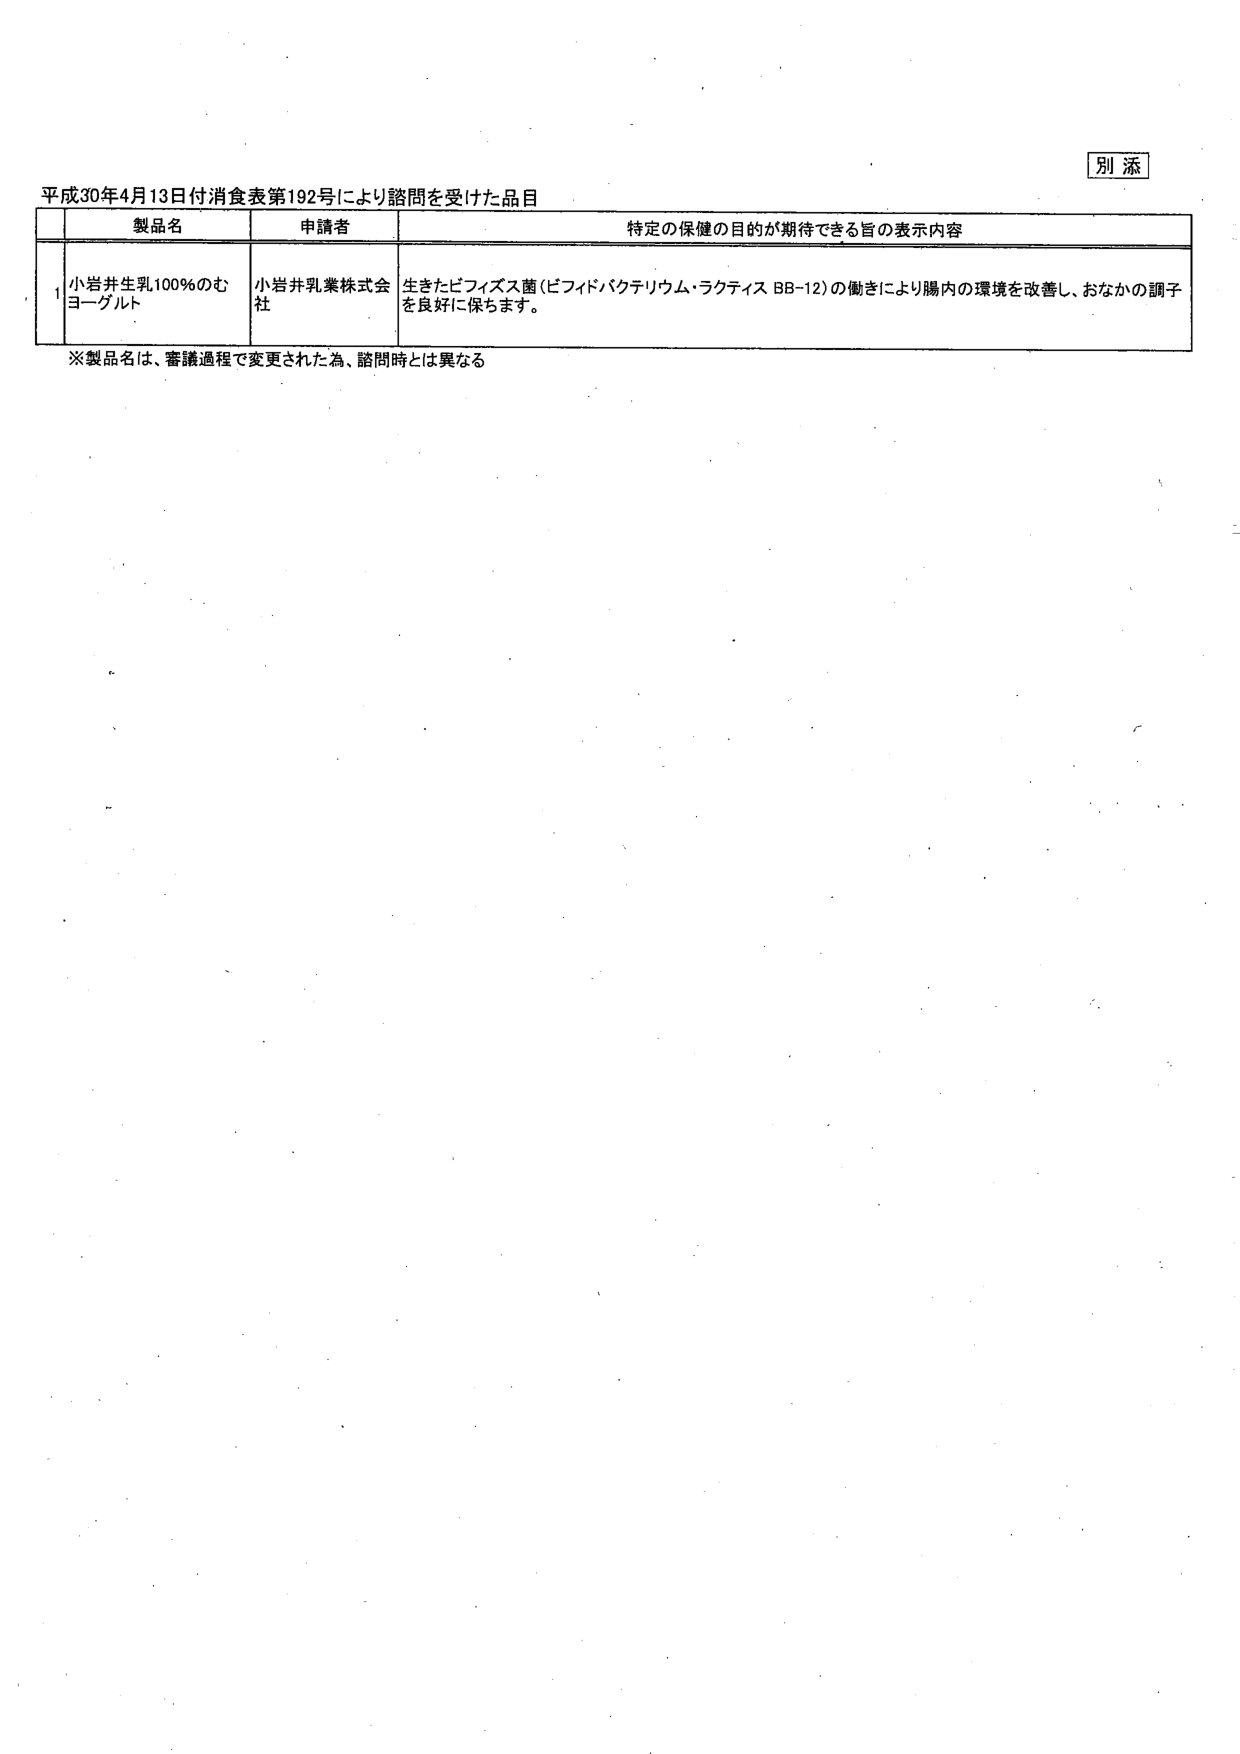
別添
平成30年4月13日付消費表第192号により諮問を受けた品目
製品名 申請者 特定の保健の目的が期待できる旨の表示内容
1 小岩井生乳100％のむヨーグルト 小岩井乳業株式会社 生きたビフィズス菌（ビフィドバクテリウム・ラクティス BB-12）の働きにより腸内の環境を改善し、おなかの調子を良好に保ちます。
※製品名は、審議過程で変更された為、諮問時とは異なる